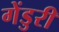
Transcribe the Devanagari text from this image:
गेंडुरी